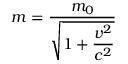
m = { \frac { m _ { 0 } } { \sqrt { 1 + \displaystyle { \frac { v ^ { 2 } } { c ^ { 2 } } } } } }